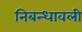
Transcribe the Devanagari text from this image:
निबन्‍धावली